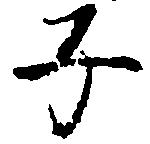
子